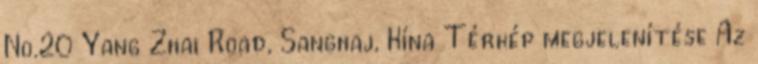
No.20 Yang Zhai Road, Sanghaj, Kína Térkép megjelenítése Az